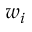
w _ { i }